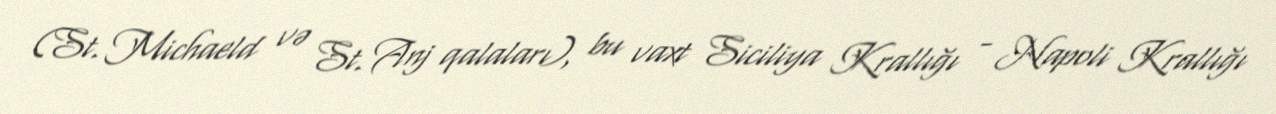
(St. Michaeld və St. Anj qalaları), bu vaxt Siciliya Krallığı - Napoli Krallığı